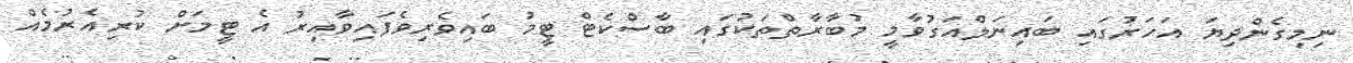
ނިމިގެންދިޔަ އަހަރުގައި ބައިނަލްއަގުވާމީ މުބާރާތްތަކުގައި ބާސްކެޓް ޓީމު ބައިވެރިވެފައިވާއިރު އެ ޓީމަށް ކުރިއެރުމެއް